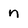
Character: n